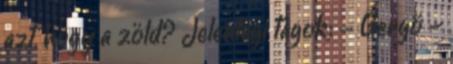
azt, hogy a zöld? Jelenlegi tagok: - Gergő -